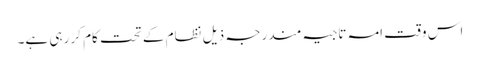
اس وقت امہ تاجیہ مندرجہ ذیل نظام کے تحت کام کر رہی ہے۔